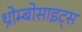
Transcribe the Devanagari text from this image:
थ्रोम्बोसाइट्स